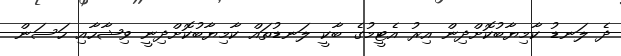
ދެ ލަނޑު ކާމިޔާބުކޮށްދިން އިރު އެޓީމުގެ ބާކީ ލަނޑުތައް ކާމިޔާބުކޮށްދިނީ ވިޝާހާއި ހަސަން